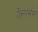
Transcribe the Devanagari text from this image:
येस्पर्सन